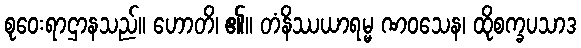
စုဝေးရာဌာနသည်။ ဟောတိ၊ ၏။ တံနိဿယာရမ္မ ဏဝသေန၊ ထိုစက္ခပသာဒ